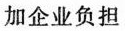
加企业负担